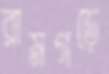
রামগড়ে